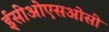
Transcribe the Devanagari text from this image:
ईसीओएसओसी